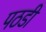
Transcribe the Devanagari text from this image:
पठडी